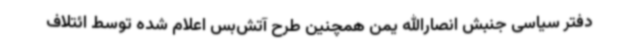
دفتر سیاسی جنبش انصارالله یمن همچنین طرح آتش‌بس اعلام شده توسط ائتلاف